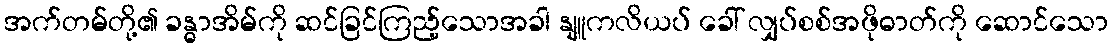
အက်တမ်တို့၏ ခန္ဓာအိမ်ကို ဆင်ခြင်ကြည့်သောအခါ နျူကလိယပ် ခေါ် လျှပ်စစ်အဖိုဓာတ်ကို ဆောင်သော